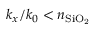
k _ { x } / k _ { 0 } < n _ { \mathrm { S i O _ { 2 } } }